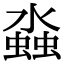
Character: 𬠤